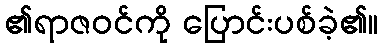
၏ရာဇဝင်ကို ပြောင်းပစ်ခဲ့၏။